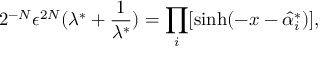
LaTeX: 2 ^ { - N } \epsilon ^ { 2 N } ( \lambda ^ { * } + \frac { 1 } { \lambda ^ { * } } ) = \prod _ { i } [ \sinh ( - x - \hat { \alpha } _ { i } ^ { * } ) ] ,